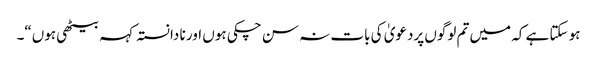
ہو سکتا ہے کہ میں تم لوگوں پردعویٰ کی بات نہ سن چکی ہوں اور نا دانستہ کہہ بیٹھی ہوں“۔